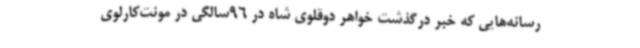
رسانه‌هایی که خبر درگذشت خواهر دوقلوی شاه در 96‌سالگی در مونت‌کارلوی